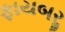
ફાયબરૢ